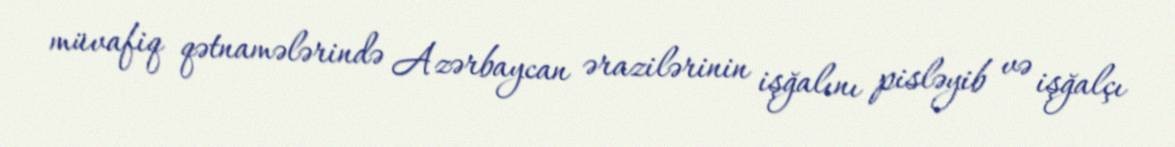
müvafiq qətnamələrində Azərbaycan ərazilərinin işğalını pisləyib və işğalçı